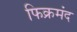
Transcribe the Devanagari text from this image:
फिक्रमंद